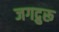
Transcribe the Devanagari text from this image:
जगद्रुरू